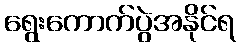
ရွေးကောက်ပွဲအနိုင်ရ